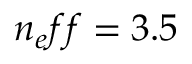
n _ { e } f f = 3 . 5